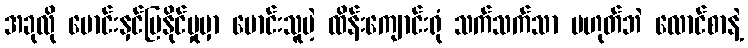
အခုလို မောင်းနှင်ပြနိုင်မှုမှာ မောင်းသူမဲ့ ထိန်းကျောင်းရုံ သက်သက်သာ မဟုတ်ဘဲ လောင်စာနဲ့